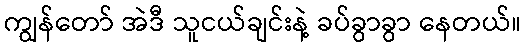
ကျွန်တော် အဲဒီ သူငယ်ချင်းနဲ့ ခပ်ခွာခွာ နေတယ်။